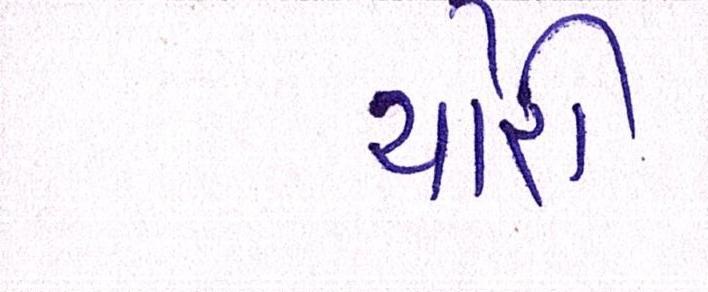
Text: ચોરી